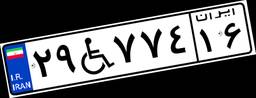
۲۹W۷۷۴۱۶